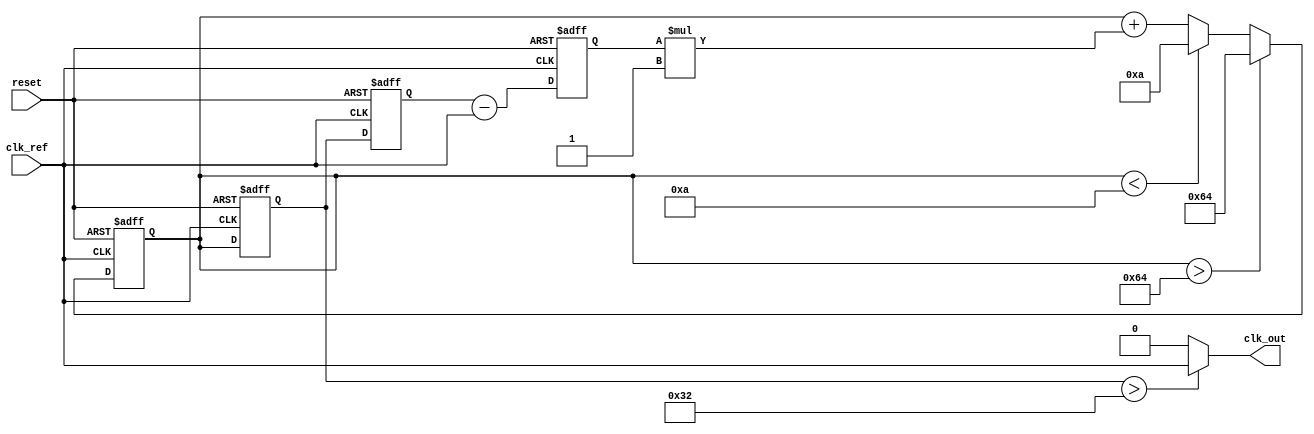
module continuous_time_PLL (
    input wire clk_ref,         // Reference clock input
    input wire reset,           // Asynchronous reset
    output wire clk_out         // Output clock
);

    // Parameters for the PLL
    parameter VCO_MAX_FREQ = 100; // Maximum frequency of VCO
    parameter VCO_MIN_FREQ = 10;   // Minimum frequency of VCO
    parameter LOOP_FILTER_GAIN = 1; // Gain for the loop filter

    // Internal signals
    reg [7:0] phase_error;        // Phase error signal
    reg [7:0] control_voltage;     // Control voltage for VCO
    reg [7:0] vco_output;          // Output frequency of VCO
    reg [7:0] feedback_signal;     // Feedback signal to phase detector

    // Phase Detector (PD)
    always @(posedge clk_ref or posedge reset) begin
        if (reset) begin
            phase_error <= 0;
        end else begin
            // Simple phase detection logic (for demonstration)
            // In a real implementation, this would be more complex
            phase_error <= feedback_signal - clk_ref;
        end
    end

    // Loop Filter (LF)
    always @(posedge clk_ref or posedge reset) begin
        if (reset) begin
            control_voltage <= 0;
        end else begin
            // Simple first-order loop filter
            control_voltage <= control_voltage + (phase_error * LOOP_FILTER_GAIN);
            // Clamp control voltage to VCO range
            if (control_voltage > VCO_MAX_FREQ) begin
                control_voltage <= VCO_MAX_FREQ;
            end else if (control_voltage < VCO_MIN_FREQ) begin
                control_voltage <= VCO_MIN_FREQ;
            end
        end
    end

    // Voltage-Controlled Oscillator (VCO)
    always @(posedge clk_ref or posedge reset) begin
        if (reset) begin
            vco_output <= VCO_MIN_FREQ; // Start at minimum frequency
        end else begin
            // Simple VCO model (for demonstration)
            // In a real implementation, this would be more complex
            vco_output <= control_voltage; // Output frequency controlled by voltage
        end
    end

    // Feedback Mechanism
    always @(posedge clk_ref or posedge reset) begin
        if (reset) begin
            feedback_signal <= 0;
        end else begin
            feedback_signal <= vco_output; // Feedback the VCO output
        end
    end

    // Output clock generation (for demonstration)
    assign clk_out = (vco_output > 50) ? clk_ref : 1'b0; // Simple output logic

endmodule